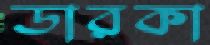
ডারকা